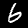
Label: 6